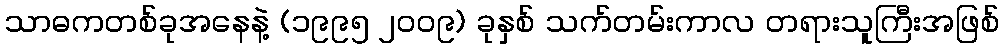
သာဓကတစ်ခုအနေနဲ့ (၁၉၉၅ ၂၀၀၉) ခုနှစ် သက်တမ်းကာလ တရားသူကြီးအဖြစ်